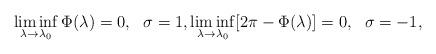
LaTeX: \begin{align*}\liminf_{\lambda \rightarrow \lambda_0} \Phi(\lambda) = 0,~~\sigma=1, \liminf_{\lambda \rightarrow \lambda_0}[2\pi- \Phi(\lambda)] = 0,~~\sigma=-1,\end{align*}